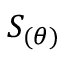
S _ { ( \theta ) }